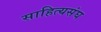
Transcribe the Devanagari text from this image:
साहित्यसंघ